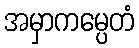
အမှာကမ္ပေတံ